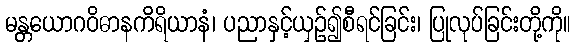
မန္တယောဂဝိဓာနကိရိယာနံ၊ ပညာနှင့်ယှဉ်၍စီရင်ခြင်း၊ ပြုလုပ်ခြင်းတို့ကို။